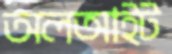
অলআইট